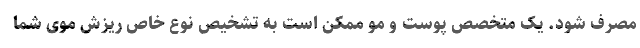
مصرف شود. یک متخصص پوست و مو ممکن است به تشخیص نوع خاص ریزش موی شما